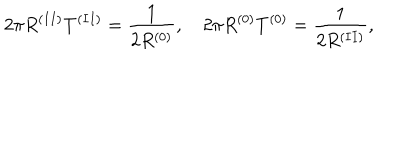
2 \pi R ^ { ( I I ) } T ^ { ( I I ) } = \frac { 1 } { 2 R ^ { ( 0 ) } } , \quad 2 \pi R ^ { ( 0 ) } T ^ { ( 0 ) } = \frac { 1 } { 2 R ^ { ( I I ) } } ,